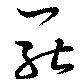
罷